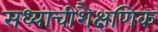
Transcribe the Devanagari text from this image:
सध्याचीशैक्षणिक